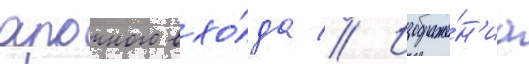
арочного вхо́да // Изображе́н'иа